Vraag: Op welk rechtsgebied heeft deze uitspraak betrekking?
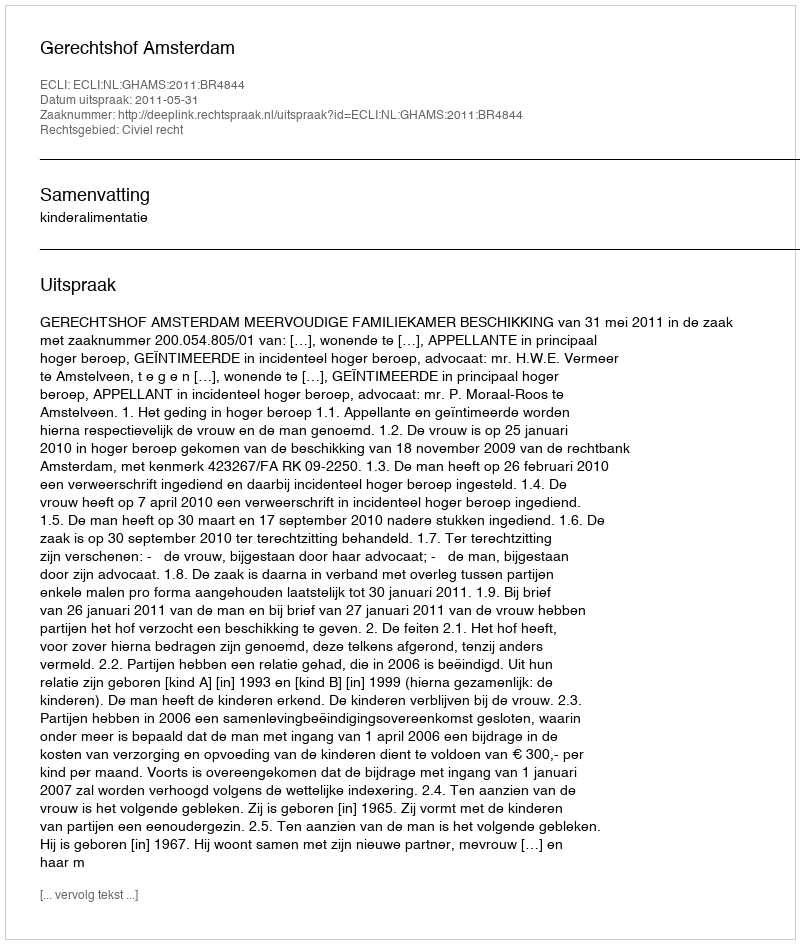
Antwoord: Civiel recht